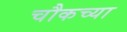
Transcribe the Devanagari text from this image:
चौकच्या